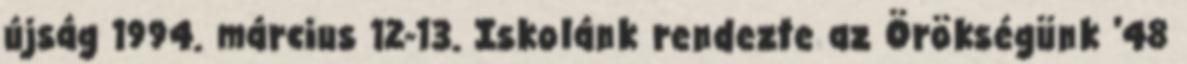
újság 1994. március 12-13. Iskolánk rendezte az Örökségünk '48